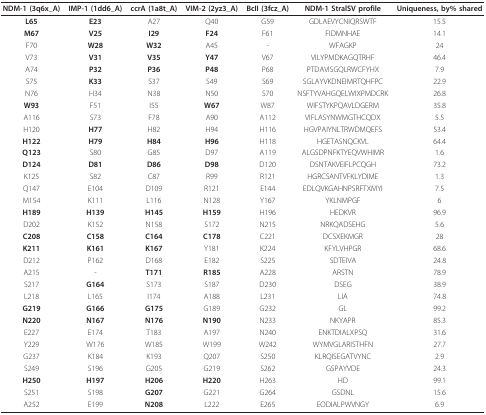
<table><thead><tr><td><b>NDM-1 (3q6x_A)</b></td><td><b>IMP-1 (1dd6_A)</b></td><td><b>ccrA (1a8t_A)</b></td><td><b>VIM-2 (2yz3_A)</b></td><td><b>BcII (3fcz_A)</b></td><td><b>NDM-1 StralSV profile</b></td><td><b>Uniqueness, by% shared</b></td></tr></thead><tbody><tr><td><b>L65</b></td><td><b>E23</b></td><td>A27</td><td>Q40</td><td>G59</td><td>GDLAEVYCNIQRSWTF</td><td>15.5</td></tr><tr><td><b>M67</b></td><td><b>V25</b></td><td><b>I29</b></td><td><b>F24</b></td><td>F61</td><td>FIDMNHAE</td><td>14.1</td></tr><tr><td>F70</td><td><b>W28</b></td><td><b>W32</b></td><td>A45</td><td>-</td><td>WFAGKP</td><td>24</td></tr><tr><td>V73</td><td><b>V31</b></td><td><b>V35</b></td><td><b>Y47</b></td><td>V67</td><td>VILYPMDKAGQTRHF</td><td>46.4</td></tr><tr><td>A74</td><td><b>P32</b></td><td><b>P36</b></td><td><b>P48</b></td><td>P68</td><td>PTDAVISGQLRWCFYHX</td><td>7.9</td></tr><tr><td>S75</td><td><b>K33</b></td><td>S37</td><td>S49</td><td>S69</td><td>SGLAYVKDNEIMRTQHFPC</td><td>22.9</td></tr><tr><td>N76</td><td>H34</td><td>N38</td><td>N50</td><td>S70</td><td>NSFTYVAHGQELWIXPMDCRK</td><td>26.8</td></tr><tr><td><b>W93</b></td><td>F51</td><td>I55</td><td><b>W67</b></td><td>W87</td><td>WIFSTYKPQAVLDGERM</td><td>35.8</td></tr><tr><td>A116</td><td>S73</td><td>F78</td><td>A90</td><td>A112</td><td>VIFLASYNWMGTHCQDX</td><td>5.5</td></tr><tr><td>H120</td><td><b>H77</b></td><td>H82</td><td>H94</td><td>H116</td><td>HGVPAIYNLTRWDMQEFS</td><td>53.4</td></tr><tr><td><b>H122</b></td><td><b>H79</b></td><td><b>H84</b></td><td><b>H96</b></td><td>H118</td><td>HGETASNQCKVL</td><td>64.4</td></tr><tr><td><b>Q123</b></td><td>S80</td><td>G85</td><td>D97</td><td>A119</td><td>ALGSDPNFKTYEQVWHIMR</td><td>1.6</td></tr><tr><td><b>D124</b></td><td><b>D81</b></td><td><b>D86</b></td><td><b>D98</b></td><td>D120</td><td>DSNTAKVEIFLPCQGH</td><td>73.2</td></tr><tr><td>K125</td><td>S82</td><td>C87</td><td>R99</td><td>R121</td><td>HGRCSANTVFKLYDIME</td><td>1.3</td></tr><tr><td>Q147</td><td>E104</td><td>D109</td><td>R121</td><td>E144</td><td>EDLQVKGAHNPSRFTXMYI</td><td>7.5</td></tr><tr><td>M154</td><td>K111</td><td>L116</td><td>N128</td><td>Y167</td><td>YKLNMPGF</td><td>6</td></tr><tr><td><b>H189</b></td><td><b>H139</b></td><td><b>H145</b></td><td><b>H159</b></td><td>H196</td><td>HEDKVR</td><td>96.9</td></tr><tr><td>D202</td><td>K152</td><td>N158</td><td>S172</td><td>N215</td><td>NRKQADSEHG</td><td>5.6</td></tr><tr><td><b>C208</b></td><td><b>C158</b></td><td><b>C164</b></td><td><b>C178</b></td><td>C221</td><td>DCSXEKMGR</td><td>28</td></tr><tr><td><b>K211</b></td><td><b>K161</b></td><td><b>K167</b></td><td>Y181</td><td>K224</td><td>KFYLVHPGR</td><td>68.6</td></tr><tr><td>D212</td><td>P162</td><td>D168</td><td>E182</td><td>S225</td><td>SDTEIVA</td><td>24.8</td></tr><tr><td>A215</td><td>-</td><td><b>T171</b></td><td><b>R185</b></td><td>A228</td><td>ARSTN</td><td>78.9</td></tr><tr><td>S217</td><td><b>G164</b></td><td>S173</td><td>S187</td><td>D230</td><td>DSEG</td><td>38.9</td></tr><tr><td>L218</td><td>L165</td><td>I174</td><td>A188</td><td>L231</td><td>LIA</td><td>74.8</td></tr><tr><td><b>G219</b></td><td><b>G166</b></td><td><b>G175</b></td><td>G189</td><td>G232</td><td>GL</td><td>99.2</td></tr><tr><td><b>N220</b></td><td><b>N167</b></td><td><b>N176</b></td><td><b>N190</b></td><td>N233</td><td>NKYAPR</td><td>85.3</td></tr><tr><td>E227</td><td>E174</td><td>T183</td><td>A197</td><td>N240</td><td>ENKTDIALXPSQ</td><td>31.6</td></tr><tr><td>Y229</td><td>W176</td><td>W185</td><td>W199</td><td>W242</td><td>WYMVGLARISTHFN</td><td>27.7</td></tr><tr><td>G237</td><td>K184</td><td>K193</td><td>Q207</td><td>S250</td><td>KLRQISEGATVYNC</td><td>2.9</td></tr><tr><td>S249</td><td>S196</td><td>G205</td><td>G219</td><td>S262</td><td>GSPAYVDE</td><td>24.3</td></tr><tr><td><b>H250</b></td><td><b>H197</b></td><td><b>H206</b></td><td><b>H220</b></td><td>H263</td><td>HD</td><td>99.1</td></tr><tr><td>S251</td><td>S198</td><td><b>G207</b></td><td>G221</td><td>G264</td><td>GSDNL</td><td>15.6</td></tr><tr><td>A252</td><td>E199</td><td><b>N208</b></td><td>L222</td><td>E265</td><td>EODIALPWVNGY</td><td>6.9</td></tr></tbody></table>